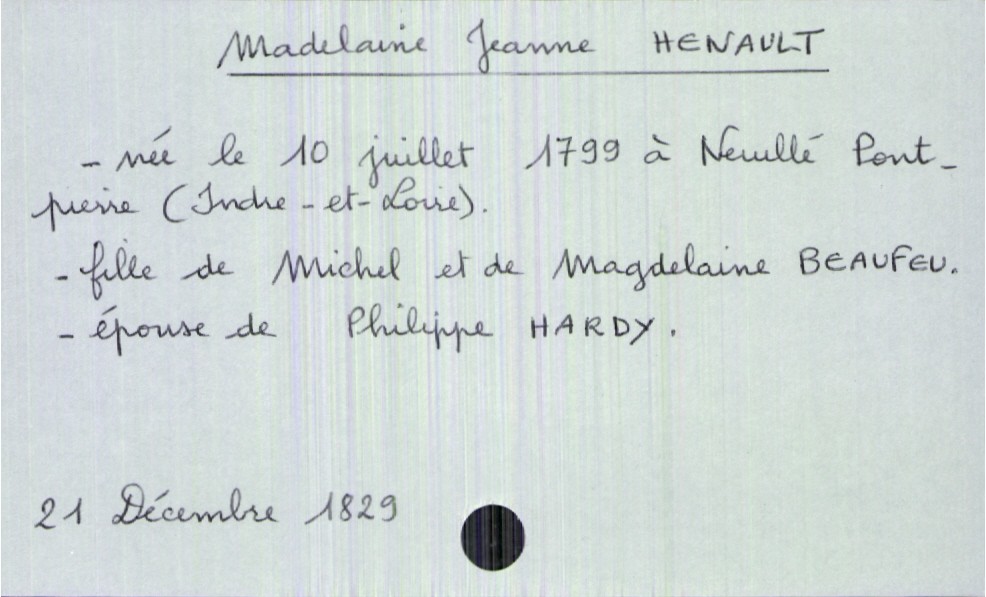
type_acte: Décès
année: 1829
mois: décembre
jour: 21
défunt_nom: Henault
défunt_prénom: Madelaine Jeanne
défunt_sexe: F
défunt_date_de_naissance: 10 juillet 1799
défunt_lieu_de_naissance: Neuillé Pont-Pierre (Indre-et-Loire)
défunt_statut: marié(e)
père_défunt_nom: Henault
père_défunt_prénom: Michel
mère_défunt_nom: Beaufeu
mère_défunt_prénom: Magdelaine